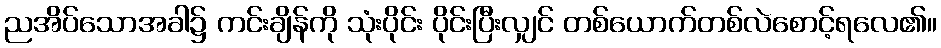
ညအိပ်သောအခါ၌ ကင်းချိန်ကို သုံးပိုင်း ပိုင်းပြီးလျှင် တစ်ယောက်တစ်လဲစောင့်ရလေ၏။